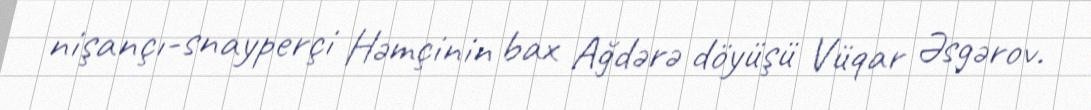
nişançı-snayperçi Həmçinin bax Ağdərə döyüşü Vüqar Əsgərov.